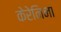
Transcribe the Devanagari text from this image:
केरेनिना